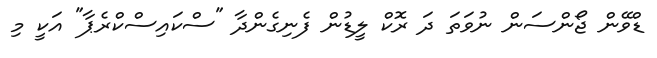
ޑްވޭން ޖޯންސަން ނުވަތަ ދަ ރޮކް ލީޑުން ފެނިގެންދާ "ސްކައިސްކްރެޕާ" އަކީ މި